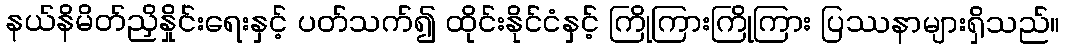
နယ်နိမိတ်ညှိနှိုင်းရေးနှင့် ပတ်သက်၍ ထိုင်းနိုင်ငံနှင့် ကြိုကြားကြိုကြား ပြဿနာများရှိသည်။